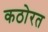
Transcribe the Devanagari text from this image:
कठोरत